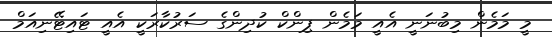
މީ މަމެން މިބުނަނީ އެއީ މަމެން ޕިންކް ކުދިންގެ ސަރުކާރަކީ އެއީ ޓައިޓޭނިއަމް